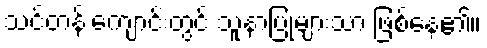
သင်တန်းကျောင်းတွင် သူနာပြုများသာ ဖြစ်နေ၏။